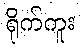
ရိုက်ကူး